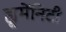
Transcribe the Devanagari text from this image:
ह्यूमेंनिटी